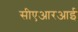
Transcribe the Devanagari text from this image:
सीएआरआई